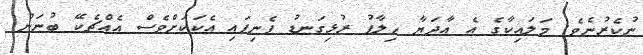
ނުކެރުނެވެ. މަލައިކާގެ އެ އާދަޔާ ޚިލާފު ރުޅިގަނޑު ފެނިފައި އެކަކަށްވެސް އެއްޗެކޭ ބުނަން